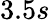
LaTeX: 3.5s